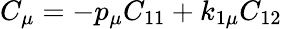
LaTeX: C_{\mu}=-p_{\mu}C_{11}+k_{1\mu}C_{12}